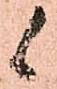
候